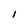
Character: 1